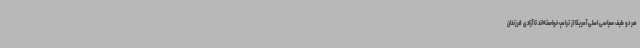
هر دو طیف سیاسی اصلی آمریکا از ترامپ خواسته‌اند تا آزادی فرزندان